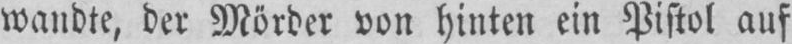
wandte, der Mörder von hinten ein Pistol auf